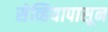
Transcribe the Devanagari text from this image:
सेव्हियापासून